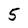
Character: 5